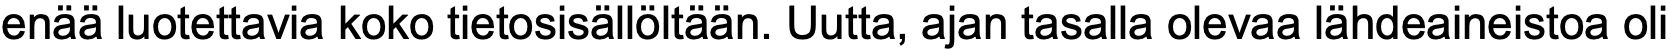
enää luotettavia koko tietosisällöltään. Uutta, ajan tasalla olevaa lähdeaineistoa oli